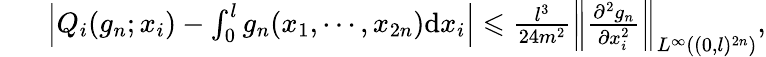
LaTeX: \begin{array}{rl}&{~~\left|Q_{i}(g_{n};x_{i})-\int_{0}^{l}g_{n}(x_{1},\cdots,x_{2n})\mathrm{d}x_{i}\right|\leqslant\frac{l^{3}}{24m^{2}}\left\| \frac{\partial^{2}g_{n}}{\partial x_{i}^{2}}\right\| _{L^{\infty}((0,l)^{2n})},}\end{array}